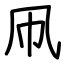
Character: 凧